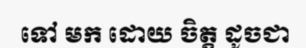
ទៅ មក ដោយ ចិត្ត ដូចជា